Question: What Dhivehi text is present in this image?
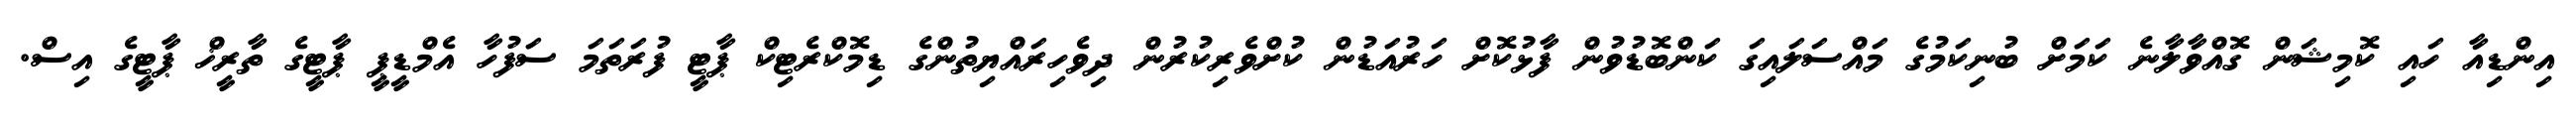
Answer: އިންޑިއާ ހައި ކޮމިޝަން ގޮއްވާލާނެ ކަމަށް ބުނިކަމުގެ މައްސަލައިގަ ކަންބޮޑުވުން ފާޅުކޮށް ހަރުއަޑުން ކުށްވެރިކުރުން ދިވެހިރައްޔިތުންގެ ޑިމޮކްރެޓިކް ޕާޓީ ފުރަތަމަ ސަފުހާ އެމްޑީޕީ ޕާޓީގެ ތާރީޚް ޕާޓީގެ އިސް.